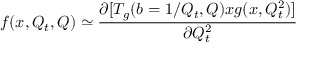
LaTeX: f ( x , Q _ { t } , Q ) \simeq { \frac { \partial [ T _ { g } ( b = 1 / Q _ { t } , Q ) x g ( x , Q _ { t } ^ { 2 } ) ] } { \partial Q _ { t } ^ { 2 } } }